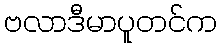
ဗလာဒီမာပူတင်က